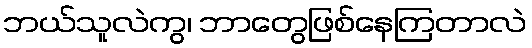
ဘယ်သူလဲကွ၊ ဘာတွေဖြစ်နေကြတာလဲ